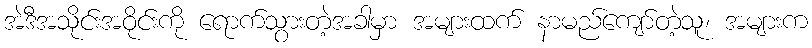
အဲဒီအသိုင်းအဝိုင်းကို ရောက်သွားတဲ့အခါမှာ အများထက် နာမည်ကျော်တဲ့သူ၊ အများက